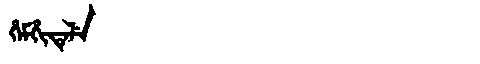
Manchu: ᡥᡝᠮᡥᡳᡨᡝᠯᡝ
Romanization: HEMHITELE